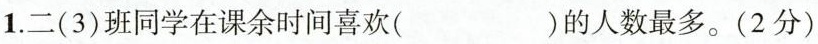
1.二(3)班同学在课余时间喜欢()的人数最多。(2分)